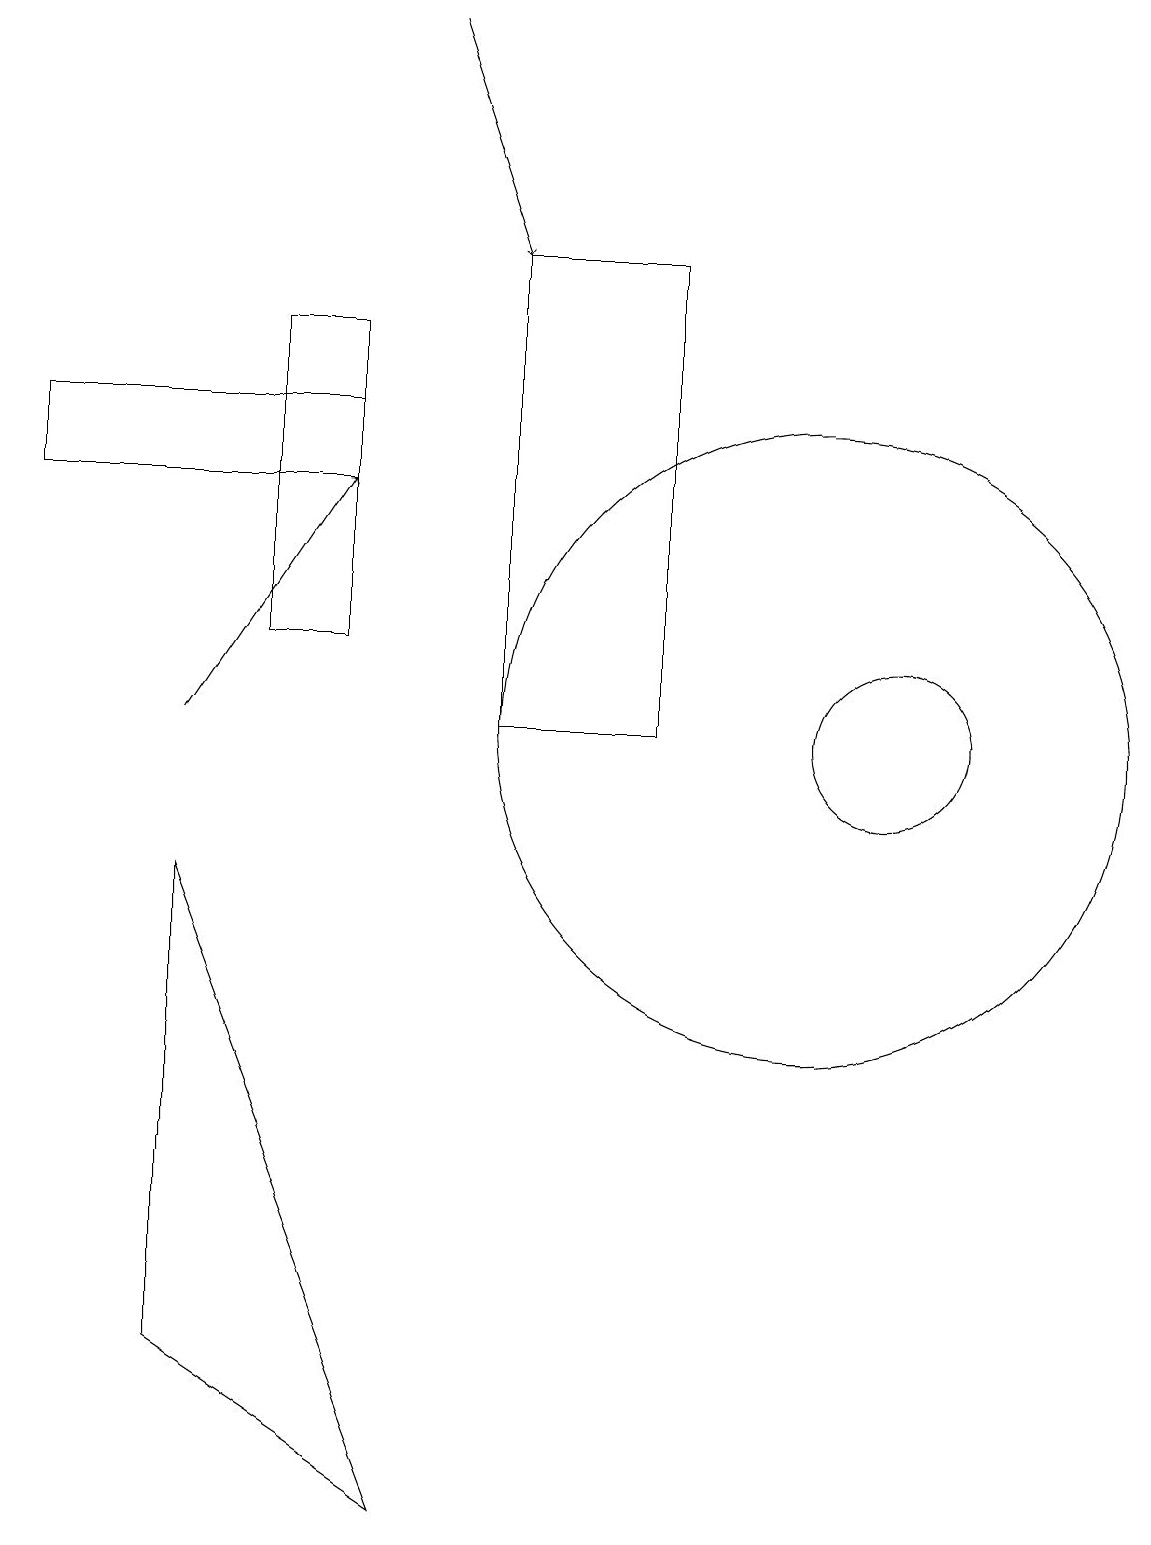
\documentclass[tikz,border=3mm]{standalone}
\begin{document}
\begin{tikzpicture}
\draw (8,16) rectangle (6,10);
\draw (4,15) rectangle (3,11);
\draw[->] (2,10) -- (4,13);
\draw (2,8) -- (2,2) -- (5,0) -- cycle;
\draw (4,14) rectangle (0,13);
\draw (10,10) circle (4);
\draw (11,10) circle (1);
\draw[->] (5,19) -- (6,16);
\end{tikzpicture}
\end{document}